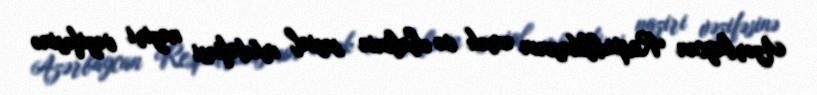
Azərbaycan Respublikasının əmək və əhalinin sosial müdafiəsi naziri vəzifəsinə